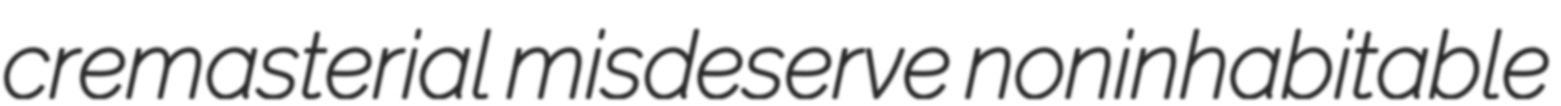
cremasterial misdeserve noninhabitable